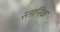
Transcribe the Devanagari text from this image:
स्तानिक